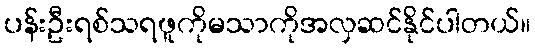
ပန်းဦးရစ်သရဖူကိုမသာကိုအလှဆင်နိုင်ပါတယ်။